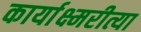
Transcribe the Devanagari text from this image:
कार्याक्ष्मरीत्या